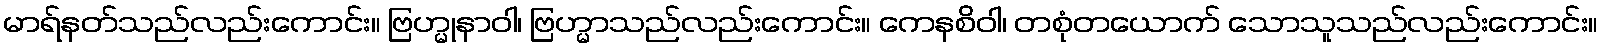
မာရ်နတ်သည်လည်းကောင်း။ ဗြဟ္မုနာဝါ၊ ဗြဟ္မာသည်လည်းကောင်း။ ကေနစိဝါ၊ တစုံတယောက် သောသူသည်လည်းကောင်း။